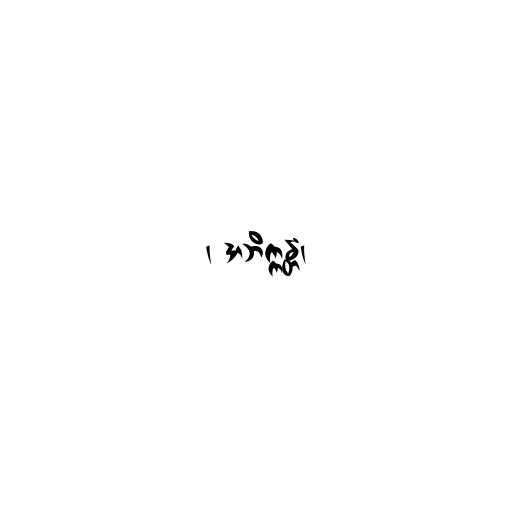
၊ အဘိက္ကန္တံ၊